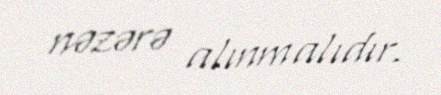
nəzərə alınmalıdır.